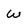
Character: w